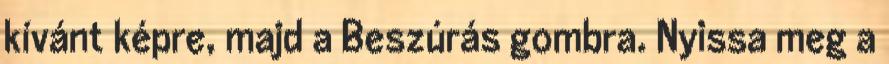
kívánt képre, majd a Beszúrás gombra. Nyissa meg a